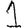
Digit: 1